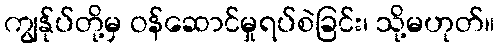
ကျွန်ုပ်တို့မှ ဝန်ဆောင်မှုရပ်စဲခြင်း၊ သို့မဟုတ်။